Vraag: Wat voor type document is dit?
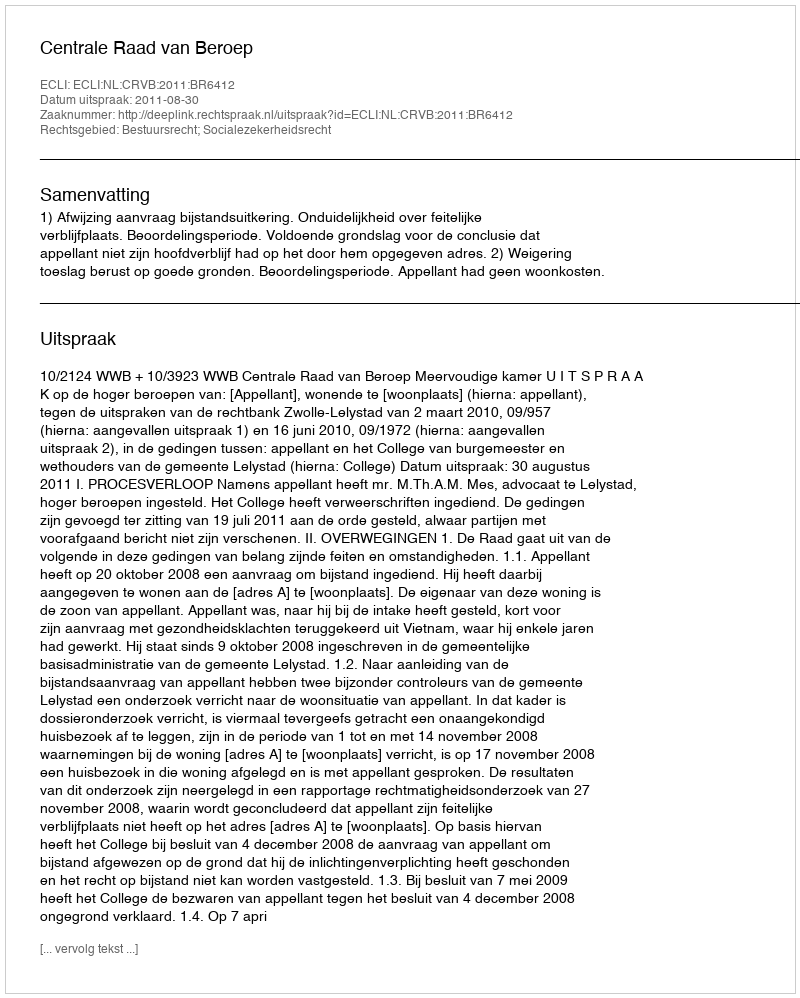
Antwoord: Uitspraak